Civil Veterinary Department Bengal reports 1933-51 - 1933-1951
Year: 1933
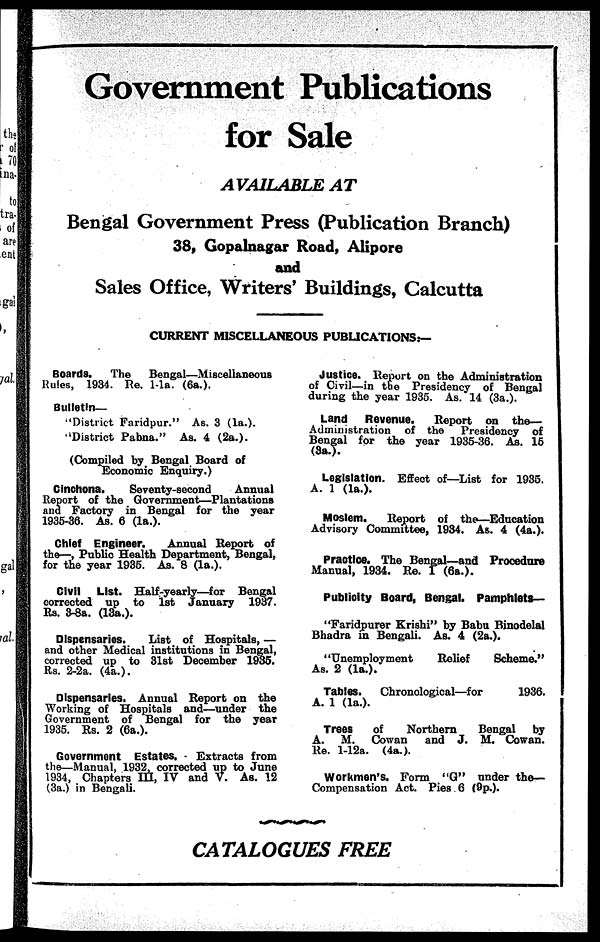
Government Publications
for Sale
AVAILABLE AT
Bengal Government Press (Publication Branch)
38, Gopalnagar Road, Alipore
and
Sales Office, Writers' Buildings, Calcutta
CURRENT MISCELLANEOUS PUBLICATIONS:—
Boards.
The
Bengal—Miscelianeous
Rules, 1934. Re. 1-la. (6a.).
Bulletin—
"District Faridpur." As. 3 (la.).
'District Pabna." As. 4 (2a.).
(Compiled by Bengal Board of
Economic Enquiry.)
Cinchona.
Seventy-second
Annual
Report of the Government—Plantations
and Factory in Bengal for the year
1935-36. As. 6 (la.).
Chief Engineer.
Annual Report of
the—, Public Health Department, Bengal,
for the year 1935. As. 8 (la.).
Civil List. Half-yearly—for Bengal
corrected up to 1st January 1937.
Rs. 3-8a. (13a.).
Dispensaries.
List of Hospitals, —
and other Medical institutions in Bengal,
corrected up to 31st December 1935.
Rs. 2-2a. (4a.).
Dispensaries. Annual Report on the
Working of Hospitals and—under the
Government of Bengal for the year
1935. Rs. 2 (6a.).
Government Estates. - Extracts from
the—Manual, 1932, corrected up to June
1934, Chapters HI, IV and V. As. 12
(3a.) in Bengali.
Justice. Report on the Administration
of Civil—in the Presidency of Bengal
during the year 1935. As. 14 (3a.).
Land
Revenue.
Report on the—
Administration of the Presidency of
Bengal for the year 1935-36. As. 15
(3a.).
Legislation. Effect of—List for 1935.
A. 1 (la.).
Moslem.
Report of the—Education
Advisory Committee, 1934. As. 4 (4a.).
Practice. The Bengal—and Procedure
Manual, 1934. Re. 1 (6a.).
Publicity Board, Bengal. Pamphlets—
"Faridjpurer Krishi" by Babu Binodelal
Bhadra in Bengali. As. 4 (2a.).
"Unemployment
Relief
Scheme."
As. 2 (la.).
Tables.
Chronological—for
1936.
A. 1 (la.).
Trees
of
Northern
Bengal by
A. M. Cowan
and J. M. Cowan.
Re. l-12a. (4a.).
Workmen's. Form "G" under the—
Compensation Act. Pies. 6 (9p.).
CATALOGUES FREE